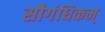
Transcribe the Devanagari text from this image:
सौगंधिकम्